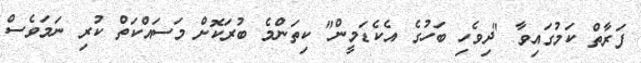
ފަރާތް ކަމުގައިވާ "ދިވެހި ބަހުގެ އެކެޑަމީން" ކިތަންމެ ބުރަކޮށް މަސައްކަތް ކުރި ނަމަވެސް